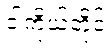
ငါကိုယ်တိုင်